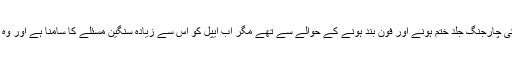
مگر یہ مسائل بیڑیوں کی چارجنگ جلد ختم ہونے اور فون بند ہونے کے حوالے سے تھے مگر اب ایپل کو اس سے زیادہ سنگین مسئلے کا سامنا ہے اور وہ ہے ان ڈیوائسز کا پھٹنا۔